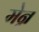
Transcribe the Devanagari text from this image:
मेन्न